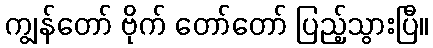
ကျွန်တော် ဗိုက် တော်တော် ပြည့်သွားပြီ။